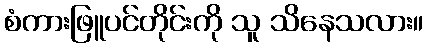
စံကားဖြူပင်တိုင်းကို သူ သိနေသလား။